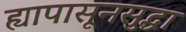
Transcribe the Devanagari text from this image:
ह्यापासूनसुद्धा